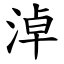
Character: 淖